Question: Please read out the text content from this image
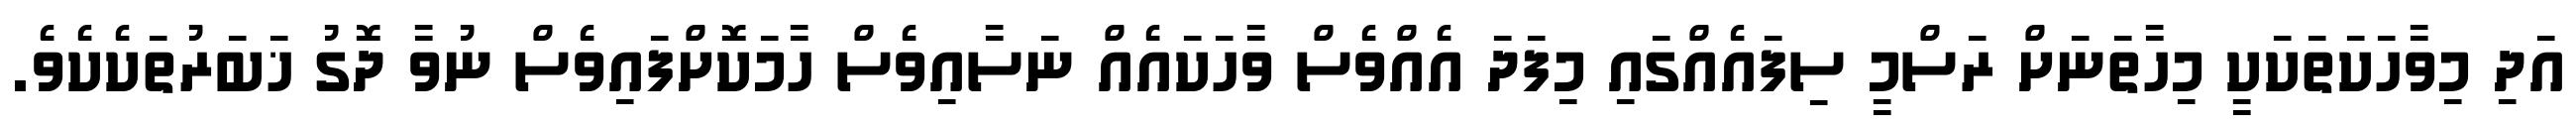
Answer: އަދި މިވާހަކަތަކަކީ މިހާތަނަށް ރަސްމީ ސިފައެއްގައި މިފަދަ އެއްވެސް ވާހަކައެއް ނަސާއިވެސް ހާމަކޮށްފައިވެސް ނުވާ ދޮގު ޚަބަރުތަކެކެވެ.